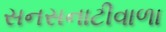
સનસનાટીવાળા